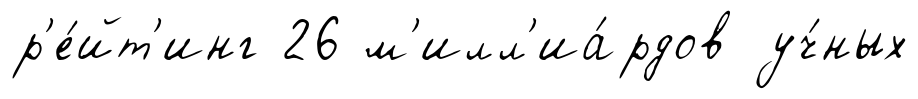
р'е́йт'инг 26 м'илл'иа́рдов уч́ных